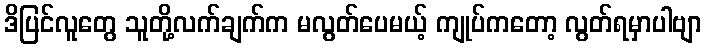
ဒိပြင်လူတွေ သူတို့လက်ချက်က မလွတ်ပေမယ့် ကျုပ်ကတော့ လွတ်ရမှာပါဗျာ